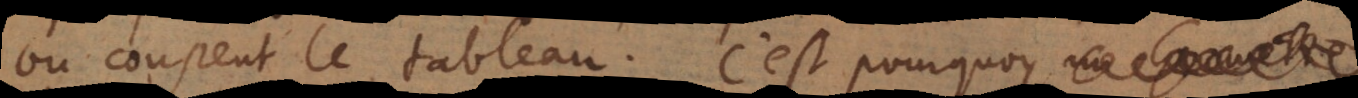
ou coupent le tableau. C’est pourquoy un Geometre